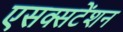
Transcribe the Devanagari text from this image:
एसक्सटेंशन